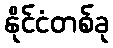
နိုင်ငံတစ်ခု